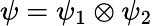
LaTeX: \psi=\psi_{1}\otimes\psi_{2}